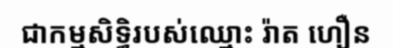
ជាកម្មសិទ្ធិរបស់ឈ្មោះ រ៉ាត ហឿន